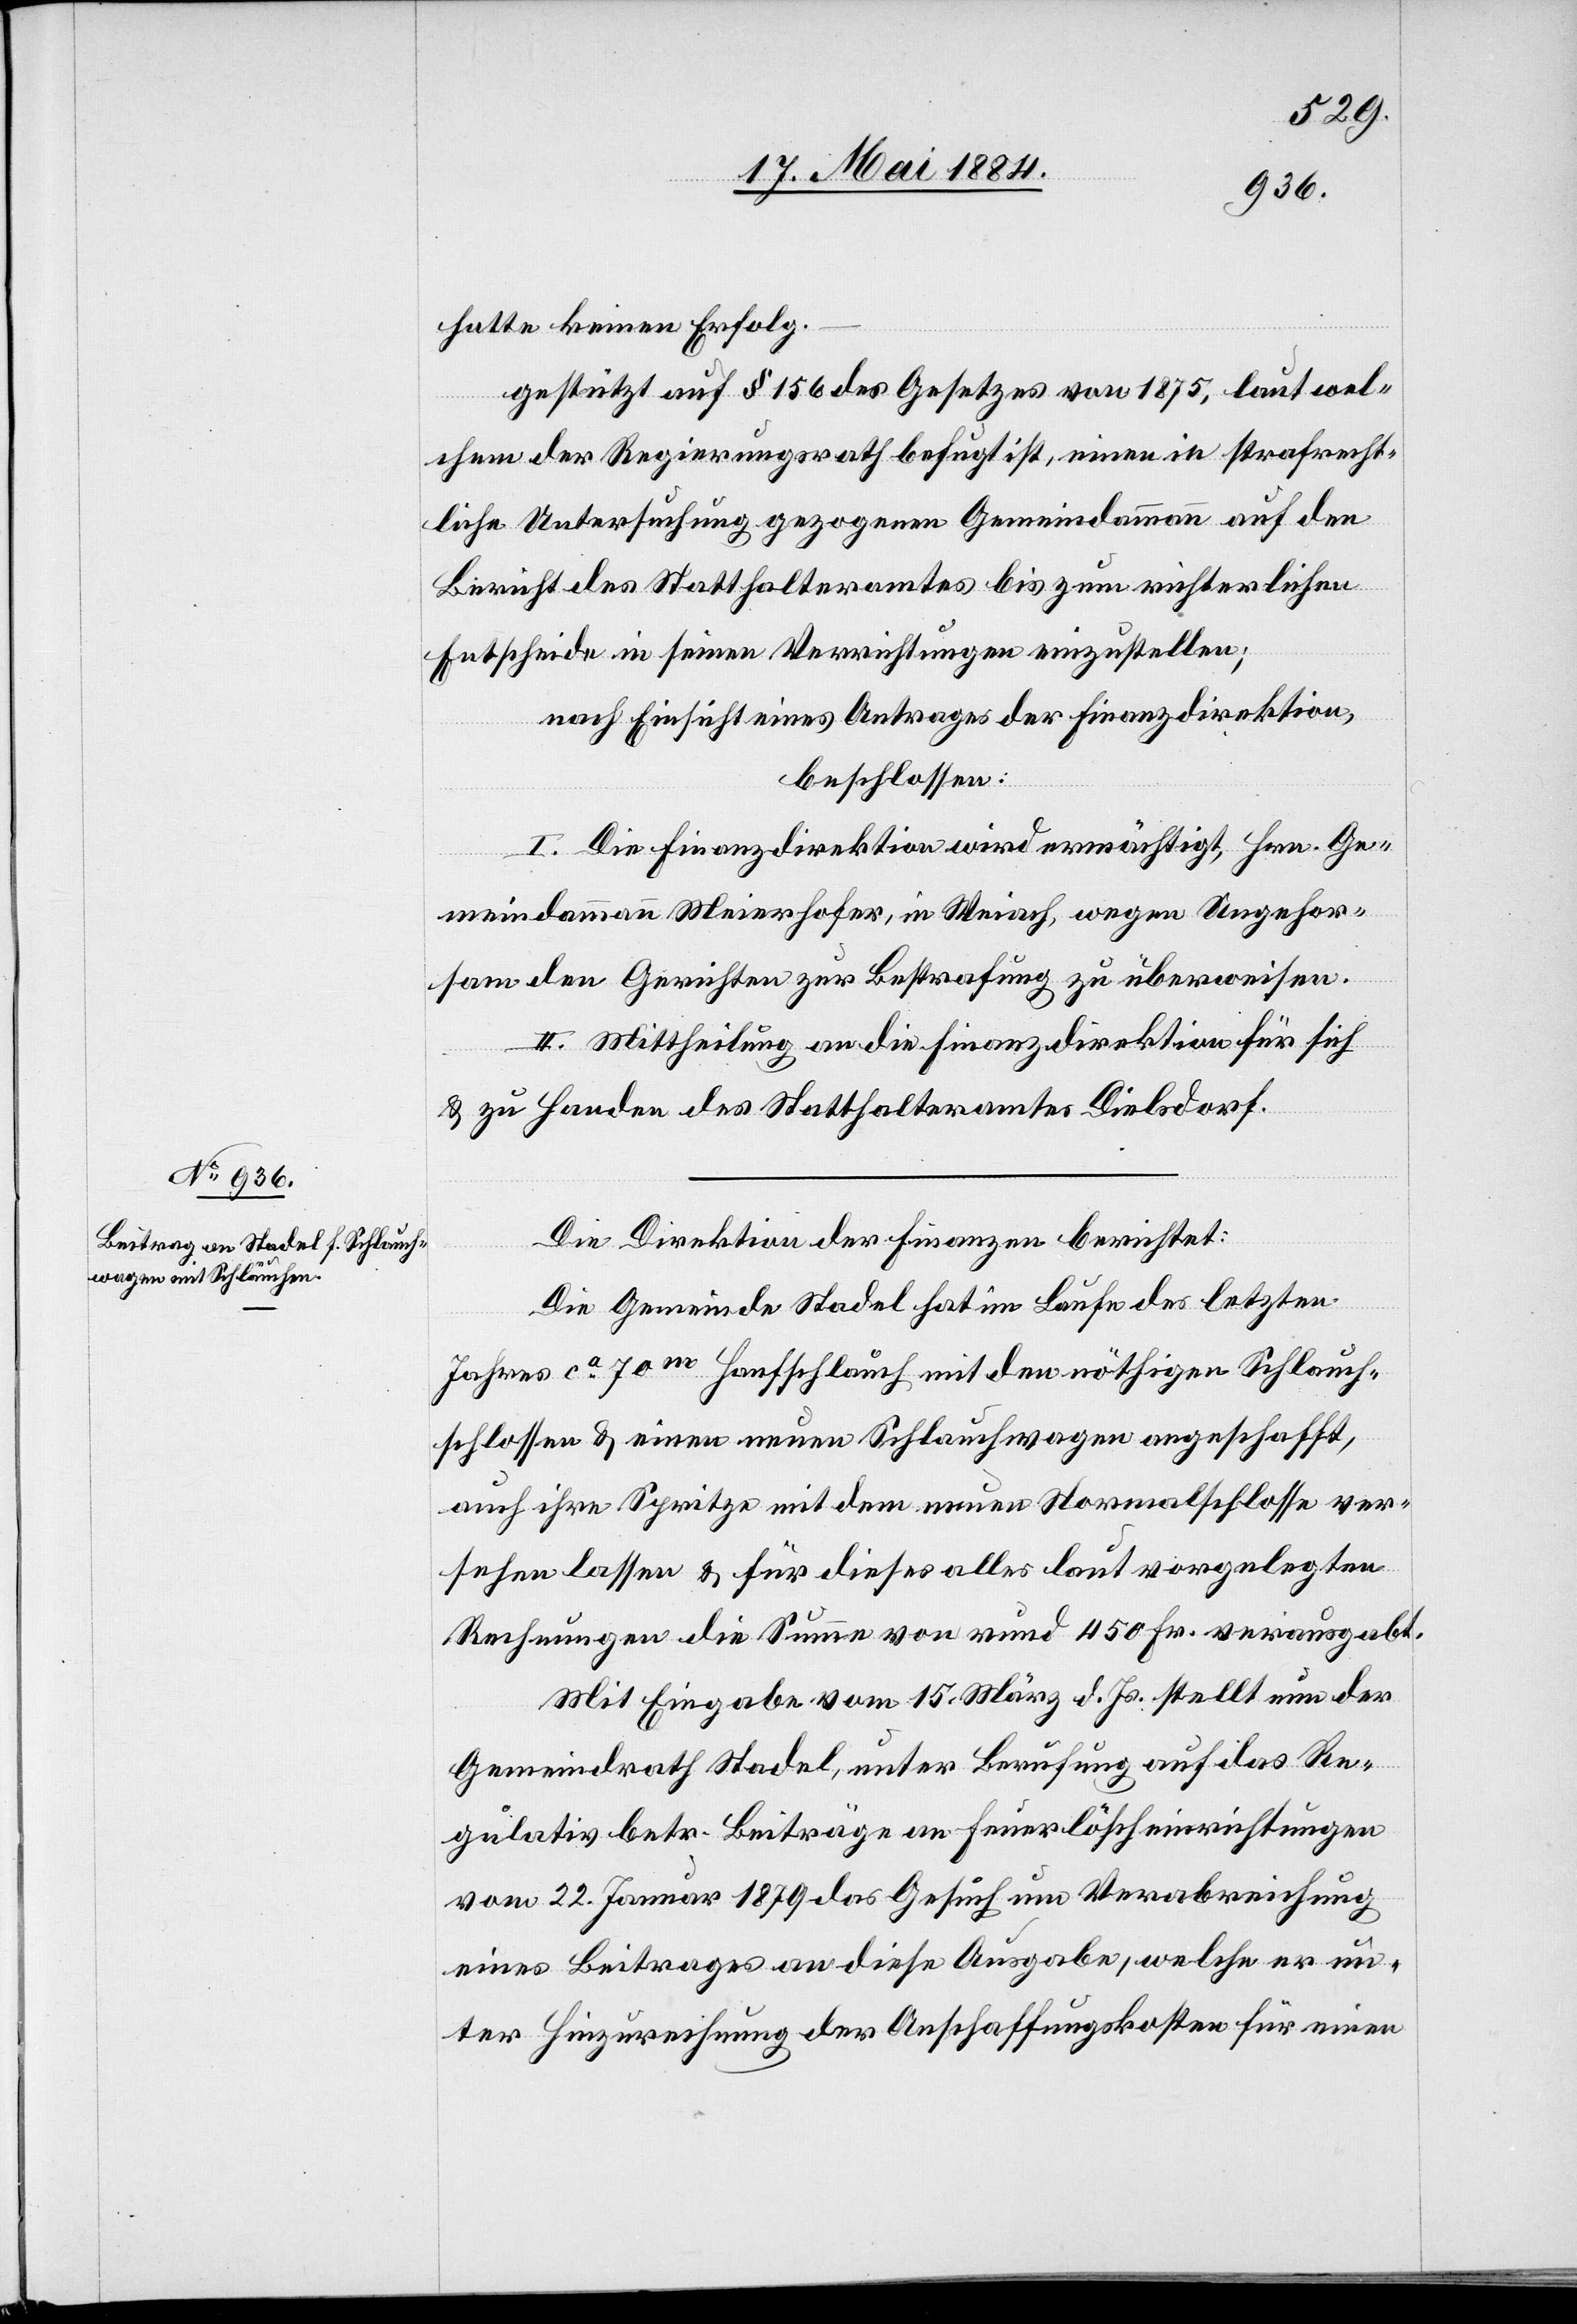
hatte keinen Erfolg.
gestützt auf § 156 des Gesetzes von 1875, laut wel¬
chem der Regierungsrath befugt ist, einen in strafrecht¬
liche Untersuchung gezogenen Gemeindeammann auf den
Bericht des Statthalteramtes bis zum richterlichen
Entscheide in seinen Verrichtungen einzustellen;
nach Einsicht eines Antrages der Finanzdirektion,
beschlossen:
I. Die Finanzdirektion wird ermächtigt, Hrn. Ge¬
meindammann Meierhofer, in Weiach, wegen Ungehor¬
sam den Gerichten zur Bestrafung zu überweisen.
II. Mittheilung an die Finanzdirektion für sich
& zu Handen des Statthalteramtes Dielsdorf.
Die Direktion der Finanzen berichtet:
Die Gemeinde Stadel hat im Laufe des letzten
Jahres ca 70m Hanfschlauch mit den nöthigen Schlauch¬
schlossen & einen neuen Schlauchwagen angeschafft,
auch ihre Spritze mit dem neuen Normalschlosse ver¬
sehen lassen & für dieses alles laut vorgelegten
Rechnungen die Summe von rund 450 Fr. verausgabt.
Mit Eingabe vom 15. März d. Js. stellt nun der
Gemeindrath Stadel, unter Berufung auf das Re¬
gulativ betr. Beiträge an Feuerlöscheinrichtungen
vom 22. Januar 1879 das Gesuch um Verabreichung
eines Beitrages an diese Ausgabe, welche er un¬
ter Hinzurechnung der Anschaffungskosten für einen